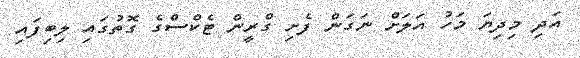
އަދި މިދިޔަ މަހު އަލަށް ނަގަން ފެށި ގްރީން ޓެކްސްގެ ގޮތުގައި ލިބިފައި